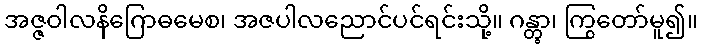
အဇ္ဇဝါလနိဂြောဓမေစ၊ အဇပါလညောင်ပင်ရင်းသို့။ ဂန္တွာ၊ ကြွတော်မူ၍။